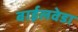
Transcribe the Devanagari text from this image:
बाईलवेडा